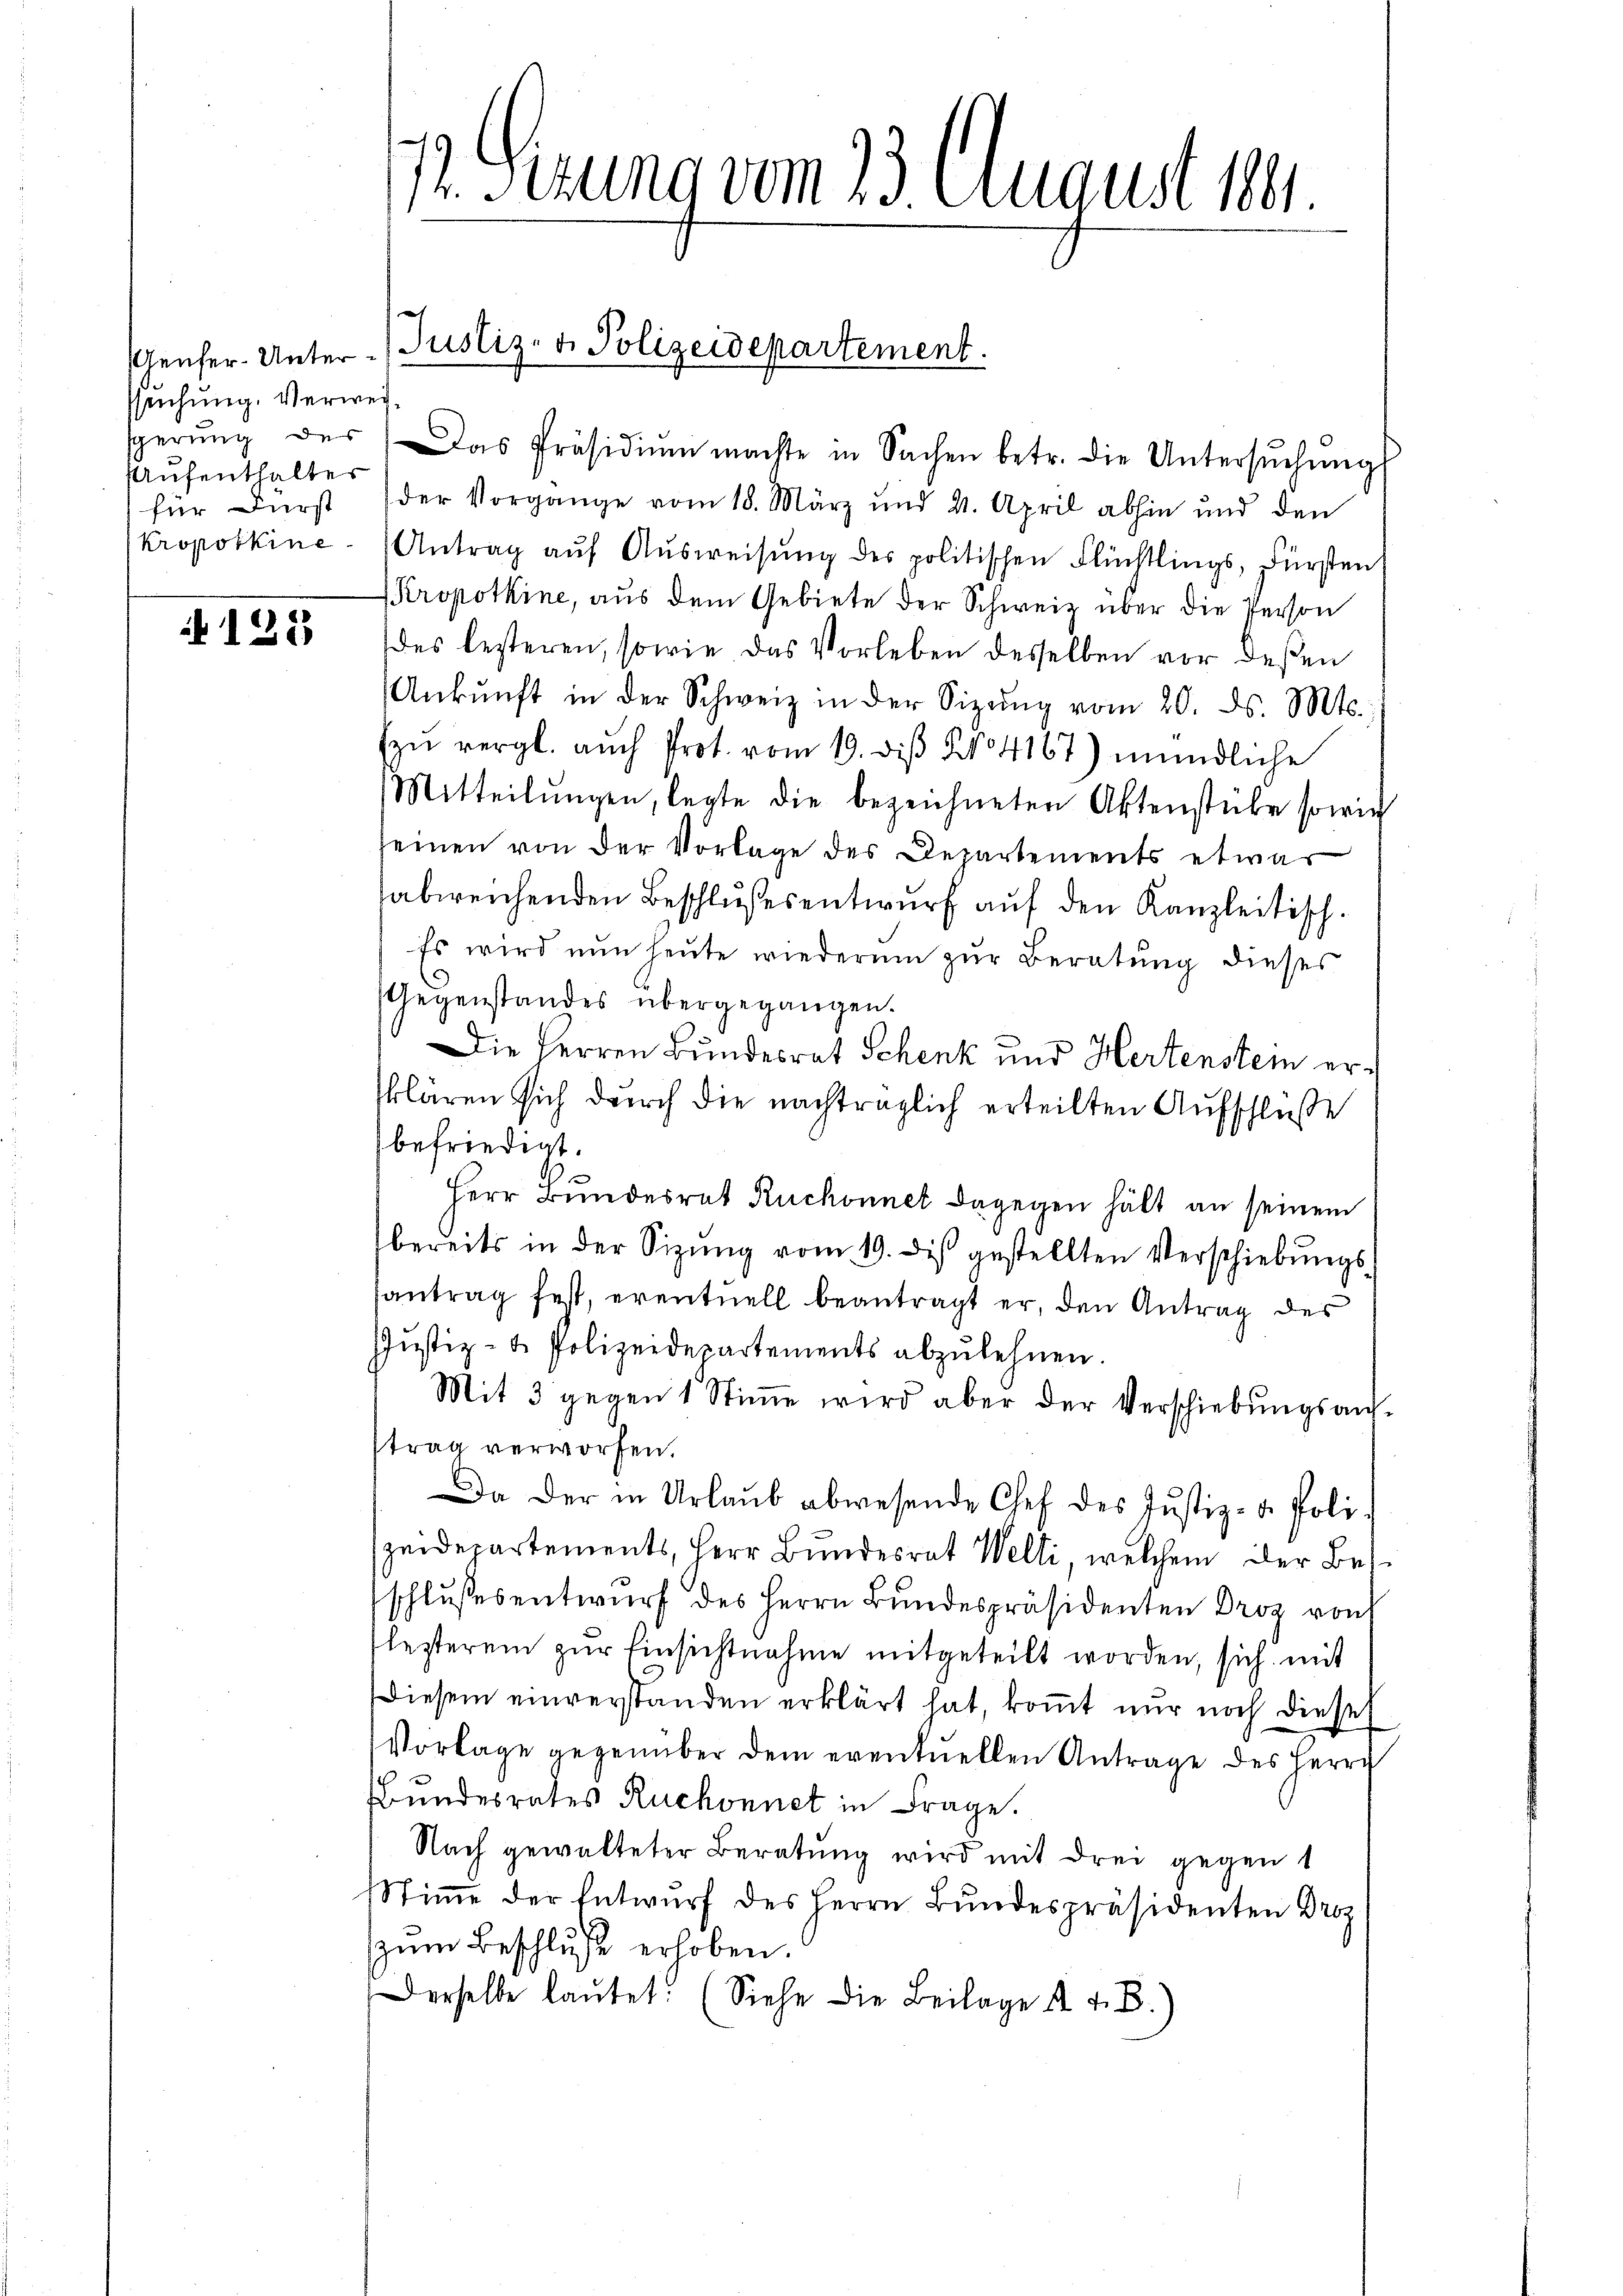
seichung. Verweisperung des
Aufenthalter
für Fürst
kroporkine

122

Das Präsidiŭm machte in Sachen betr. die Untersŭchŭng
der Vorgange vom 18. März und 2. April abhin und den
Antrag auf Ausweisung des politischen Flüchtlings, Fürsten
Kropotkine, aus dem Gebiete der Schweiz über die Person
des besteren, sowie das Vorleben desselben vor deßen
Ankŭnft in der Schweiz in der Sitzŭng vom 20. d. Mts.,
Ein vergl. auch Prot. vom 19. diβ No 4167) mündliche
Mitteilŭngen, legte die bezeichneten Aktenstube sowie
seinen von der Vorlage des Departements etwas
abweichenden Beschlußesentwurf auf den Kanzleitisch¬
Es wird nun heŭte wiederum zur Beratŭng dieses
Gegenstandes übergegangen.
Die Herren Bundesrat Schenk und Hertenstein erklären sich durch die nachträglich erteilten Aufschluße
befriedigt.
Herr Bundesrat Ruchonnet dagegen hält an seinem
bereits in der Sitzŭng vom 19. dis gestellten Verschiebungs-
antrag fest, eventuell beantragt er, den Antrag des
Justiz- & Polizeidepartements abzulehnen.
Mit 3 gegen 1 Stiṁe wird aber der Verschiebungsantrag verworfen.
Da der in Urlaŭb abwesende Chef des Justiz- & Poli-
zeidepartements, Herr Bundesrat Welti, welchem der Besschlŭssesentwŭrf des Herrn Bŭndespräsidenten Droz von
lesterem zur Einsichtnahme mitgeteilt worden, sich mit
Diesem einverstanden erklärt hat, koṁt nur noch diese
Vorlage gegenüber dem eventuellen Antrage des Herrn
Bundesrates Ruchonnet in Frage.
Nach gewalteter Beratung wird mit drei gegen 1
Stimme der Entwurf des Herrn Bundespräsidenten Droz
zum Beschluss erhoben.
Derselbe laŭtet: (Siehe die Beilage d. 4. B.)

7. Serung vom 23. August 184

Genfer-Unter- Justiz- u. Polizeidepartement.